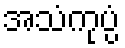
အသံကုပ္ပံ